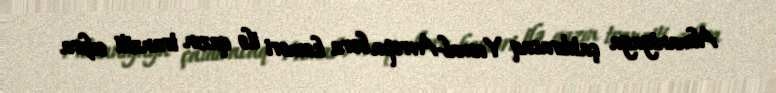
Almaniyaya çatdıracaq Yamal-Avropa boru kəməri ilə qazın tranziti sıfıra